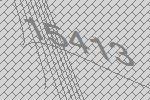
15413